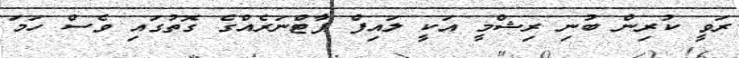
ރަވީ ކުރިން ބުނި ރިޝްމީ އަކީ ލައިފް ޕާޓްނަރެއްގެ ގޮތުގައި ވެސް ހަމަ